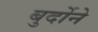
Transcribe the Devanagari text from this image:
बुर्दोने